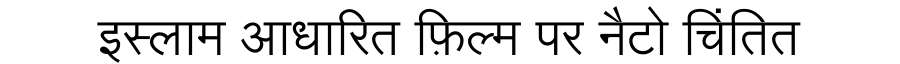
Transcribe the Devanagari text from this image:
इस्लाम आधारित फ़िल्म पर नैटो चिंतित